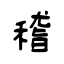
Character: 稽